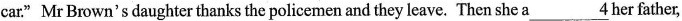
car."Mr Brown's daughter thanks the policemen and they leave. Then she a\underline{4} her father,